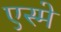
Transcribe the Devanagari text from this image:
एस्मे